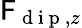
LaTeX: \mathsf{F}_{\mathrm{{~d~i~p~}},z}